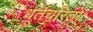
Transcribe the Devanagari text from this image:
धूर्तचरितो